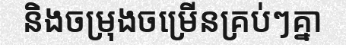
និងចម្រុងចម្រើនគ្រប់ៗគ្នា